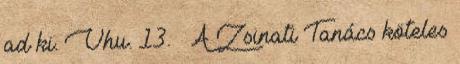
ad ki. Vhu. 13. § A Zsinati Tanács köteles